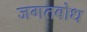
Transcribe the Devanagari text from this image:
जगतबोध